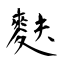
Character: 麩